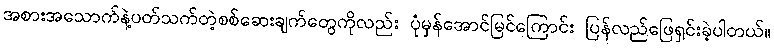
အစားအသောက်နဲ့ပတ်သက်တဲ့စစ်ဆေးချက်တွေကိုလည်း ပုံမှန်အောင်မြင်ကြောင်း ပြန်လည်ဖြေရှင်းခဲ့ပါတယ်။